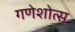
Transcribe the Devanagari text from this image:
गणेशोत्स